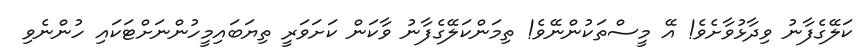
ކަލޭގެފާނު ވިދާޅުވާށެވެ! އޭ މީސްތަކުންނޭވެ! ތިމަންކަލޭގެފާނު ވާކަން ކަށަވަރީ ތިޔަބައިމީހުންނަށްޓަކައި ހުންނެވި